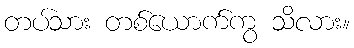
တပ်သား တစ်ယောက်ကွ သိလား။